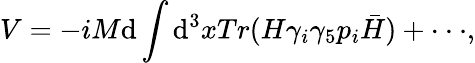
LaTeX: V=-iM\mathrm{d}\int\mathrm{d}^{3}xTr(H\gamma_{i}\gamma_{5}p_{i}\bar{{H}})+\cdot\cdot\cdot,